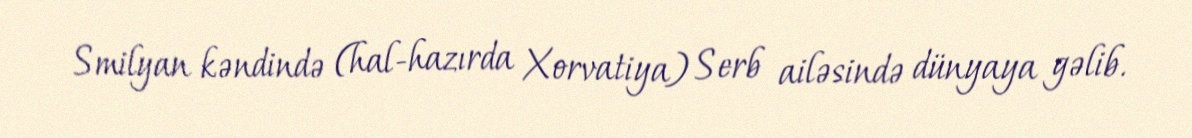
Smilyan kəndində (hal-hazırda Xorvatiya) Serb ailəsində dünyaya gəlib.